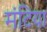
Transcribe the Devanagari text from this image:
मंटिया